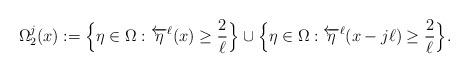
LaTeX: \begin{align*}\Omega_2^j(x) := \Big\{\eta \in \Omega: \overleftarrow{\eta}^{\ell}(x)\geq \frac{2}{\ell}\Big\} \cup \Big\{\eta \in \Omega: \overleftarrow{\eta}^{\ell}(x- j \ell)\geq \frac{2}{\ell}\Big\}.\end{align*}